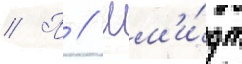
// П // Шм'и́дт